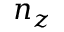
n _ { z }